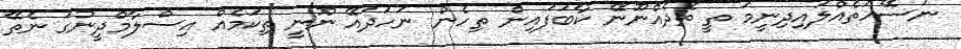
ނަސޭހަތެއްލައިދިނީމަ ތީ ތެދެއްނޫނޭ ކާބަފައިން ތިހެން ނަހަދައޭ ނޫނީ ތިކަމެއް އިސްލާމްދީނުގަ ނެތޭ